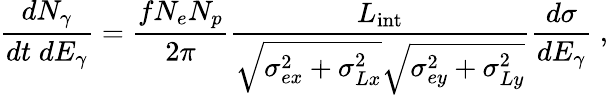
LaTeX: \frac{dN_{\gamma}}{dt\; dE_{\gamma}}=\frac{fN_{e}N_{p}}{2\pi}\frac{L_{\mathrm{int}}}{\sqrt{\sigma_{ex}^{2}+\sigma_{Lx}^{2}}\sqrt{\sigma_{ey}^{2}+\sigma_{Ly}^{2}}}\frac{d\sigma}{dE_{\gamma}}\; ,